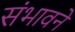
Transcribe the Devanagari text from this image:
संभावने